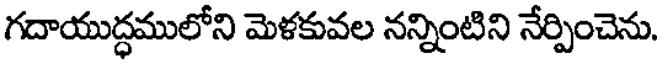
గదాయుద్ధములోని మెళకువల నన్నింటిని నేర్పించెను.